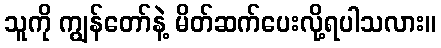
သူကို ကျွန်တော်နဲ့ မိတ်ဆက်ပေးလို့ရပါသလား။